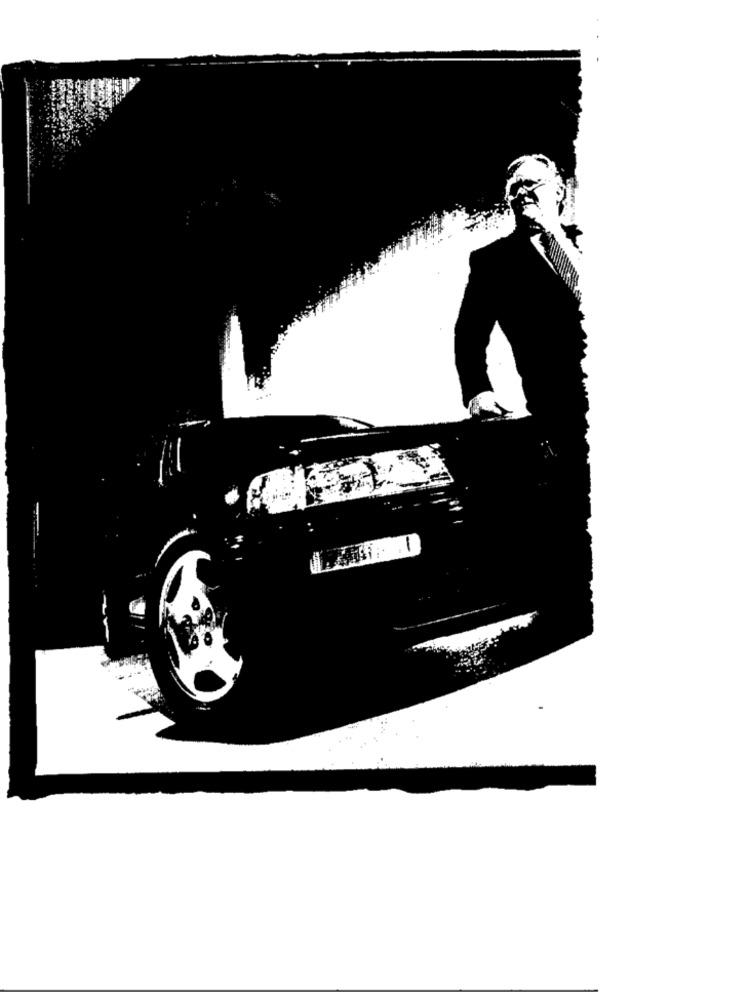
-